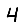
Digit: 4